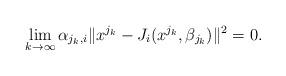
LaTeX: \begin{align*}\lim_{k\to \infty}\alpha_{j_k,i}\|x^{j_k} - J_i(x^{j_k},\beta_{j_k})\|^2=0.\end{align*}